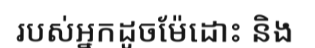
របស់អ្នកដូចម៉ែដោះ និង